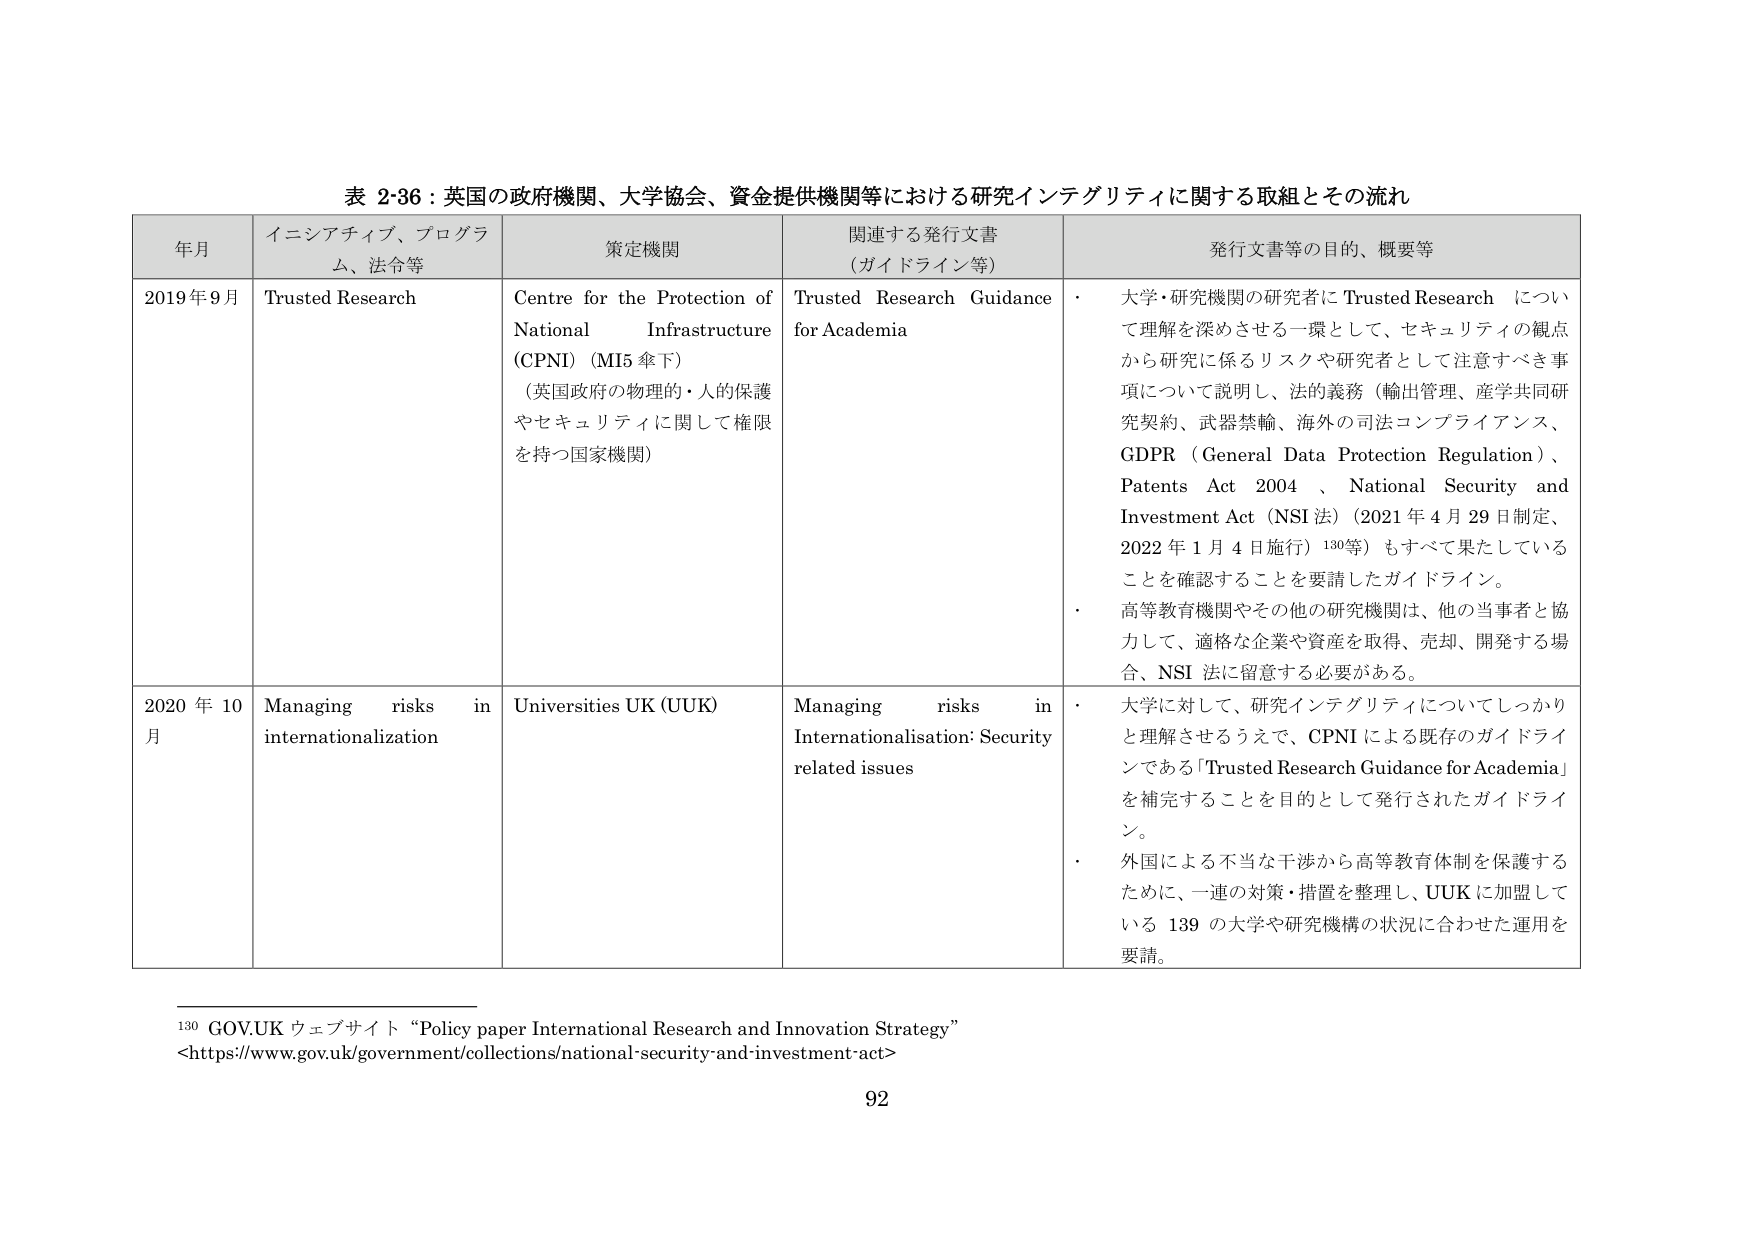
表 2-36：英国の政府機関、大学協会、資金提供機関等における研究インテグリティに関する取組とその流れ

年月 イニシアティブ、プログラム、法令等 策定機関 関連する発行文書（ガイドライン等） 発行文書等の目的、概要等

2019年9月 Trusted Research Centre for the Protection of National Infrastructure (CPNI)（MI5傘下） （英国政府の物理的・人的保護やセキュリティに関して権限を持つ国家機関） Trusted Research Guidance for Academia ・大学・研究機関の研究者にTrusted Researchについて理解を深めさせる一環として、セキュリティの観点から研究に係るリスクや研究者として注意すべき事項について説明し、法的義務（輸出管理、産学共同研究契約、武器禁輸、海外の司法コンプライアンス、GDPR（General Data Protection Regulation）、Patents Act 2004、National Security and Investment Act（NSI法）（2021年4月29日制定、2022年1月4日施行）130等）もすべて果たしていることを確認することを要請したガイドライン。 ・高等教育機関やその他の研究機関は、他の当事者と協力して、適格な企業や資産を取得、売却、開発する場合、NSI法に留意する必要がある。

2020年10月 Managing risks in internationalization Universities UK (UUK) Managing risks in Internationalisation: Security related issues ・大学に対して、研究インテグリティについてしっかりと理解させるうえで、CPNIによる既存のガイドラインである「Trusted Research Guidance for Academia」を補完することを目的として発行されたガイドライン。 ・外国による不当な干渉から高等教育体制を保護するために、一連の対策・措置を整理し、UUKに加盟している139の大学や研究機構の状況に合わせた運用を要請。

130 GOV.UKウェブサイト “Policy paper International Research and Innovation Strategy” <https://www.gov.uk/government/collections/national-security-and-investment-act>

92